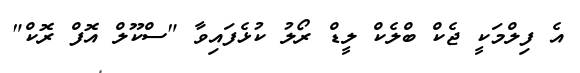
އެ ފިލްމަކީ ޖެކް ބްލެކް ލީޑް ރޯލު ކުޅެފައިވާ "ސްކޫލް އޮފް ރޮކް"